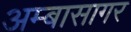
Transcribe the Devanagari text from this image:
अम्बासागर